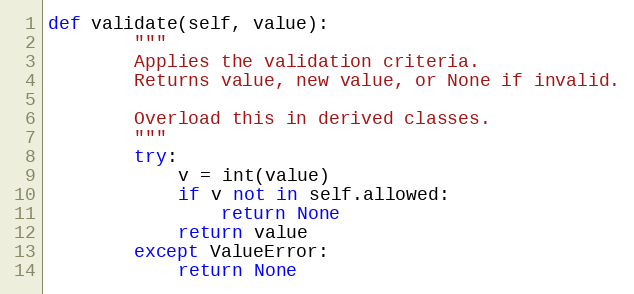
Language: Python
def validate(self, value):
        """
        Applies the validation criteria.
        Returns value, new value, or None if invalid.

        Overload this in derived classes.
        """
        try:
            v = int(value)
            if v not in self.allowed:
                return None
            return value
        except ValueError:
            return None